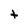
Character: t